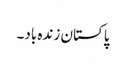
پاکستان زندہ باد۔